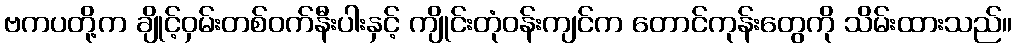
ဗကပတို့က ချိုင့်ဝှမ်းတစ်ဝက်နီးပါးနှင့် ကျိုင်းတုံဝန်းကျင်က တောင်ကုန်းတွေကို သိမ်းထားသည်။